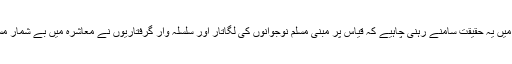
گفتگو کے پس منظر میں یہ حقیقت سامنے رہنی چاہیے کہ قیاس پر مبنی مسلم نوجوانوں کی لگاتار اور سلسلہ وار گرفتاریوں نے معاشرہ میں بے شمار مسائل پیدا کر دیے ہیں۔